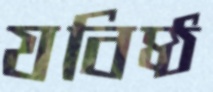
যবিষ্ঠ